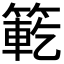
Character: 𮅯